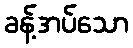
ခန့်အပ်သော